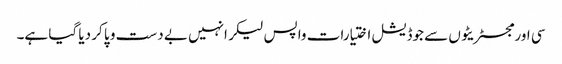
سی اور مجسٹریٹوں سے جوڈیشل اختیارات واپس لیکر انہیں بے دست و پا کر دیا گیا ہے۔